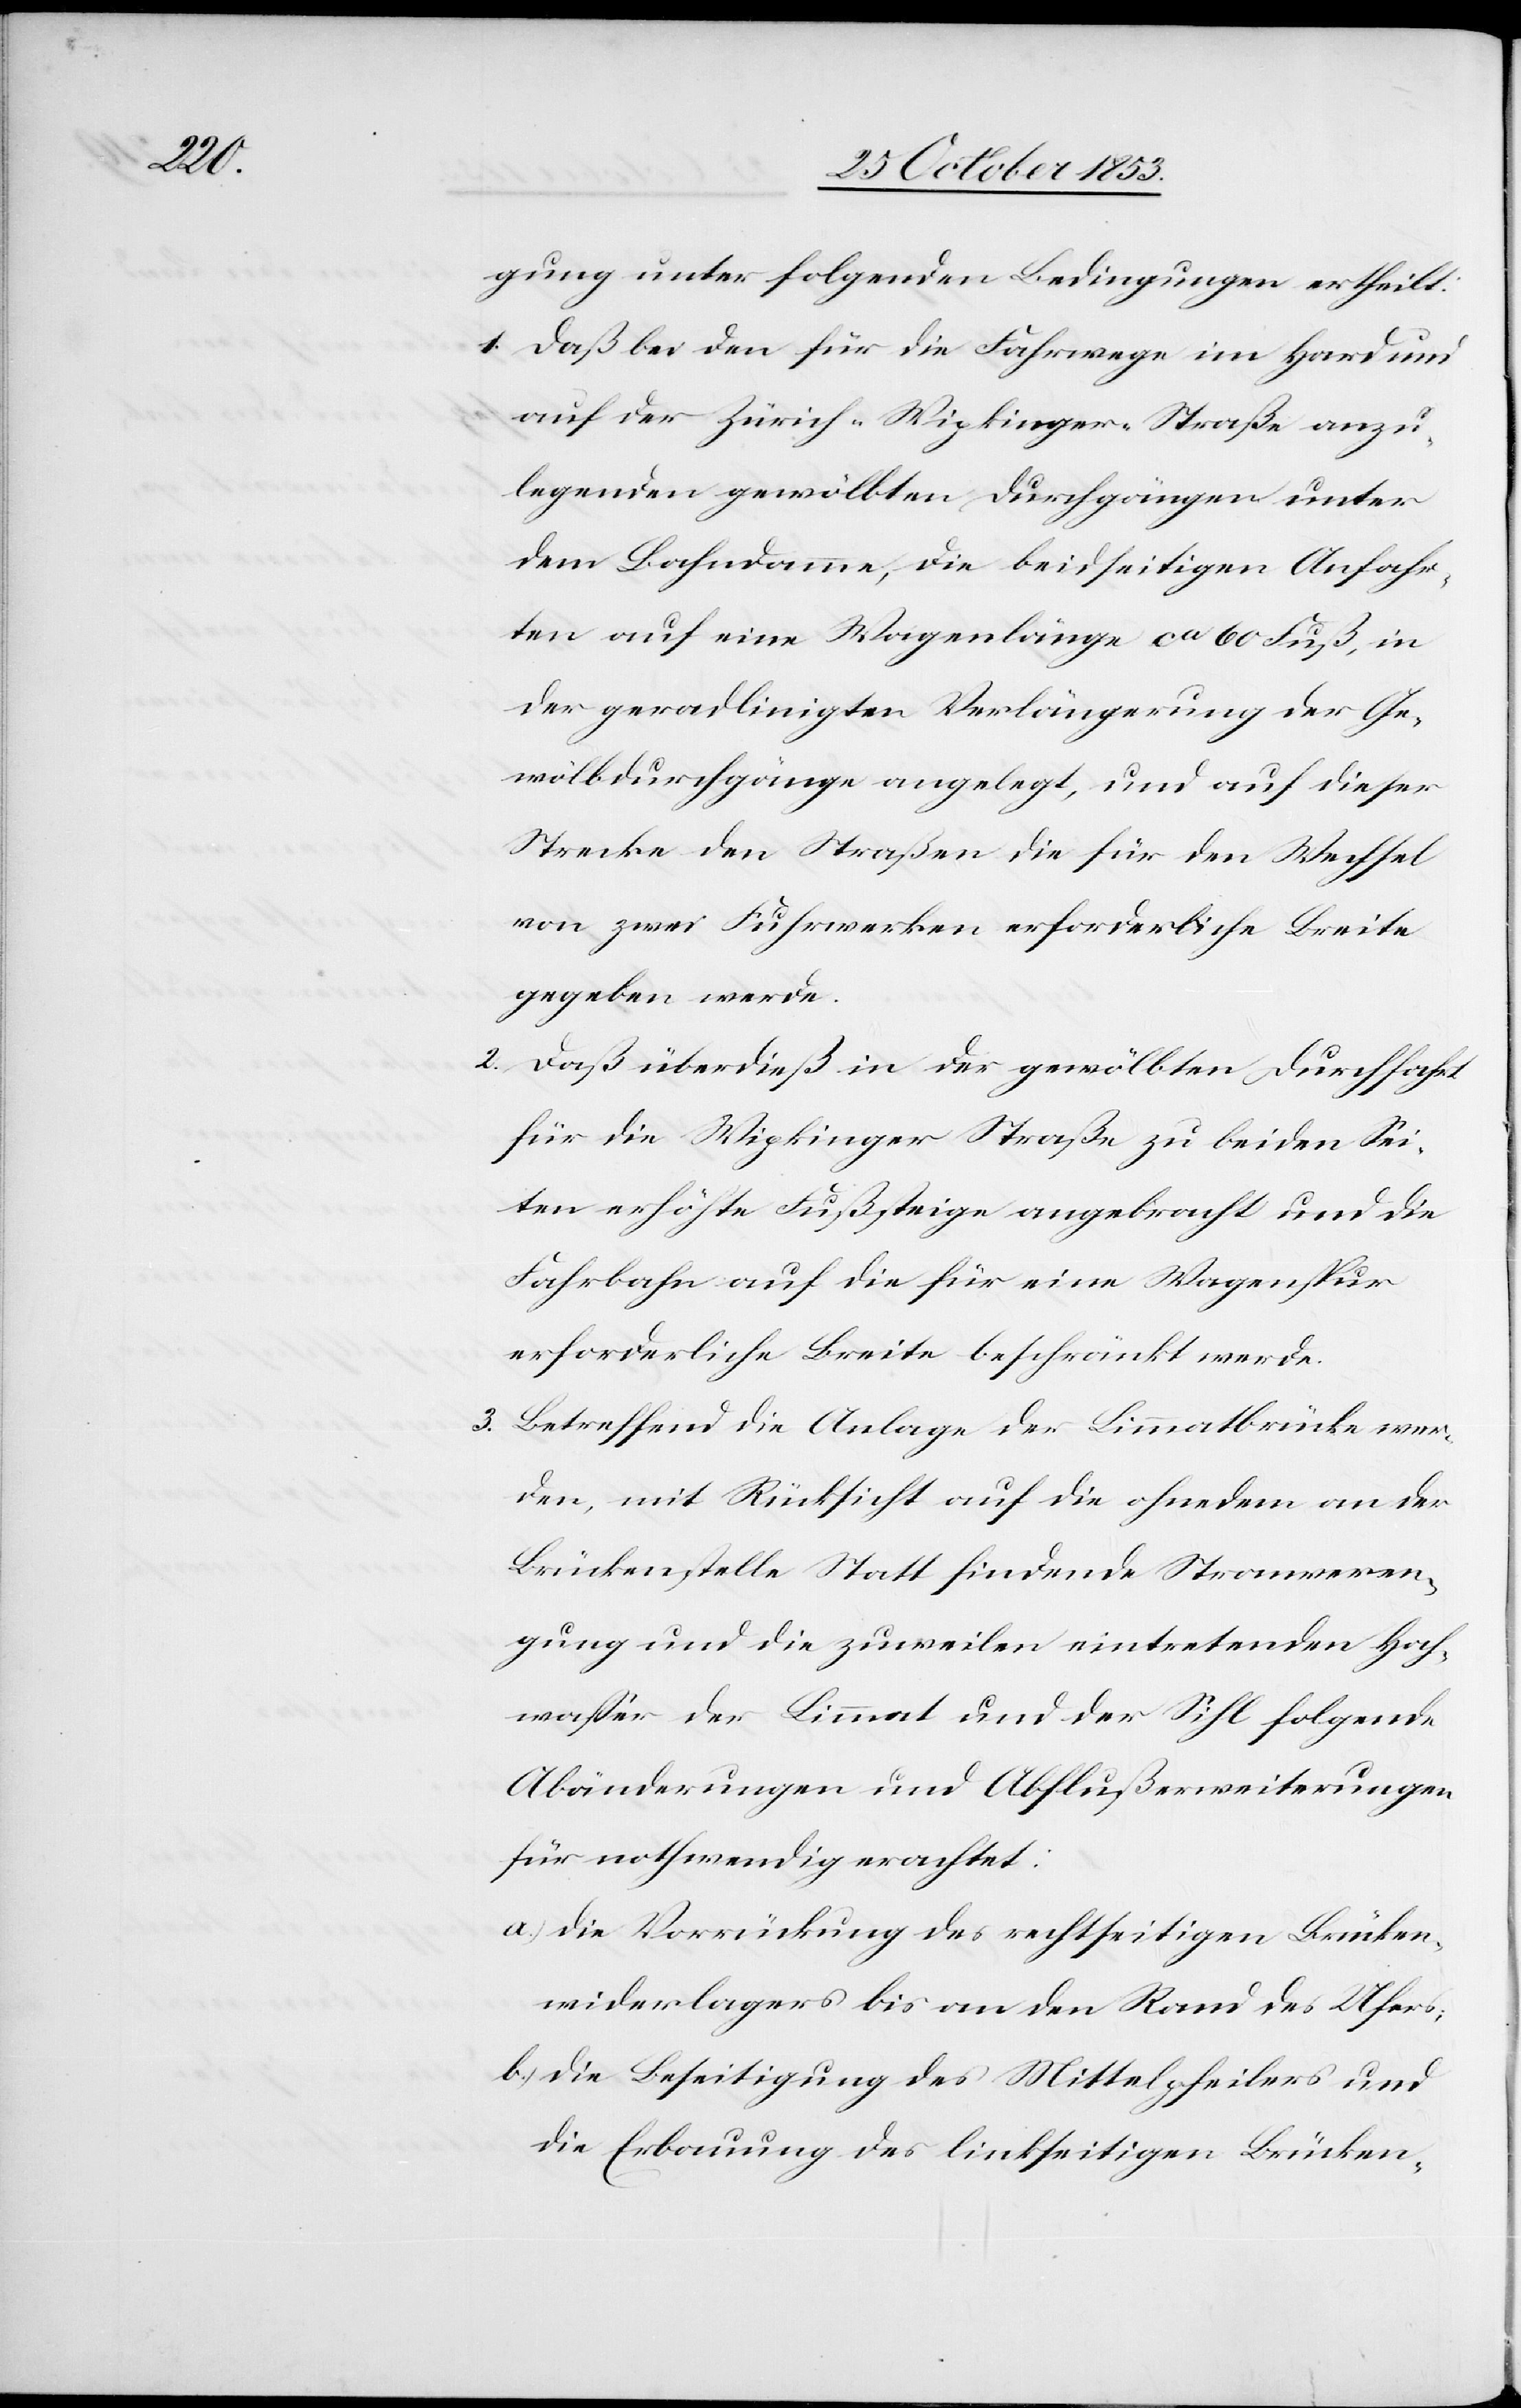
gung unter folgenden Bedingungen ertheilt:
1. Daß bei den für die Fahrwege im Hard und
auf der Zürich-Wipkinger-Straße anzu¬
legenden gewölbten Durchgängen unter
dem Bahndamme, die beidseitigen Anfahr¬
ten auf eine Wagenlänge ca 60 Fuß, in
der geradlinigten Verlängerung der Ge¬
wölbdurchgänge angelegt, und auf dieser
Strecke den Straßen die für den Wechsel
von zwei Fuhrwerken erforderliche Breite
gegeben werde.
2. Daß überdieß in der gewölbten Durchfahrt
für die Wipkinger Straße zu beiden Sei¬
ten erhöhte Fußsteige angebracht und die
Fahrbahn auf die für eine Wagenspur
erforderliche Breite beschränkt wurde.
3. Betreffend die Anlage der Limmatbrücke wer¬
den, mit Rücksicht auf die ohnedem an der
Brückenstelle Statt findende Stromerzeu¬
gung und die zuweilen eintretenden Hoch¬
waßer der Limmat und der Sihl folgende
Abänderungen und Abflußerweiterungen
für nothwendig erachtet:
a) die Vorrückung des rechtseitigen Brücken¬
widerlagers bis an den Rand des Ufers:
b) die Beseitigung des Mittelpfeilers und
die Erbauung des linkseitigen Brücken-